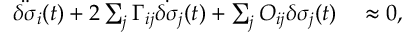
\begin{array} { r l } { \ddot { \delta \sigma } _ { i } ( t ) + 2 \sum _ { j } \Gamma _ { i j } \dot { \delta \sigma } _ { j } ( t ) + \sum _ { j } O _ { i j } \delta \sigma _ { j } ( t ) } & { { } \approx 0 , } \end{array}